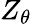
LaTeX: Z_{\theta}